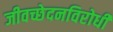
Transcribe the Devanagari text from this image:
जीवच्छेदनविरोधी